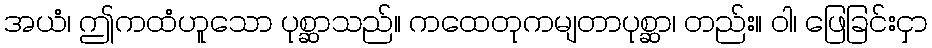
အယံ၊ ဤကထံဟူသော ပုစ္ဆာသည်။ ကထေတုကမျတာပုစ္ဆာ၊ တည်း။ ဝါ၊ ဖြေခြင်းငှာ